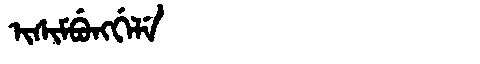
Manchu: ᡳᠰᡳᠮᠪᡠᠩᡤᡝᠯᡝ
Romanization: ISIMBUNGGELE